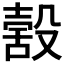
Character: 𣪸